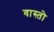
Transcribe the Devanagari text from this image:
वास्तो